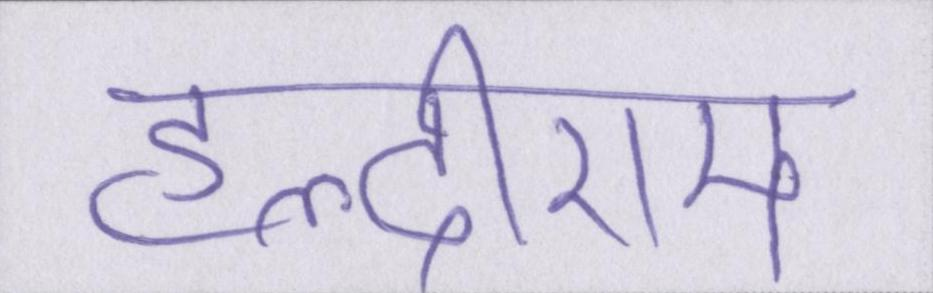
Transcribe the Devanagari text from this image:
हल्दीराम